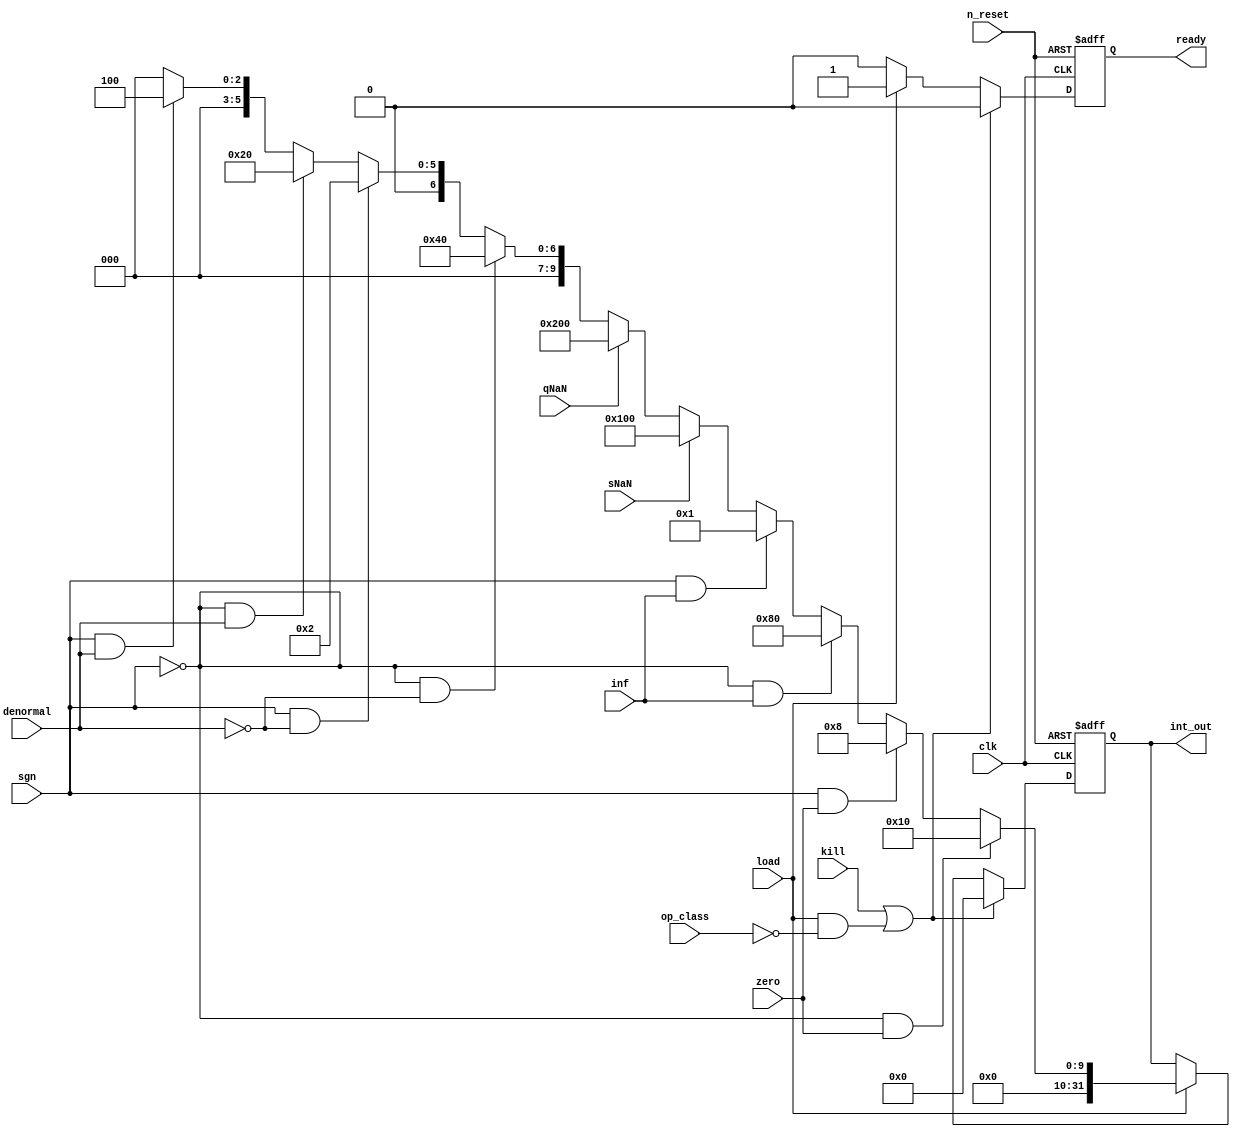
module airi5c_classifier
(
    input               clk,
    input               n_reset,
    input               kill,
    input               load,

    input               op_class,

    input               sgn,
    input               zero,
    input               inf,
    input               sNaN,
    input               qNaN,
    input               denormal,

    output  reg [31:0]  int_out,

    output  reg         ready
);

    always @(posedge clk, negedge n_reset) begin
        if (!n_reset) begin
            int_out <= 32'h00000000;
            ready   <= 1'b0;
        end
        
        else if (kill || (load && !op_class)) begin
            int_out <= 32'h00000000;
            ready   <= 1'b0;
        end

        else if (load) begin
            // 0.0
            if (!sgn && zero)
                int_out <= 32'h00000010;

            // -0.0
            else if (sgn && zero)
                int_out <= 32'h00000008;

            // +inf
            else if (!sgn && inf)
                int_out <= 32'h00000080;

            // -inf
            else if (sgn && inf)
                int_out <= 32'h00000001;

            // sNaN
            else if (sNaN)
                int_out <= 32'h00000100;

            // qNaN
            else if (qNaN)
                int_out <= 32'h00000200;

            // positive normal number
            else if (!sgn && !denormal)
                int_out <= 32'h00000040;

            // negative normal number
            else if (sgn && !denormal)
                int_out <= 32'h00000002;

            // positive denormal number
            else if (!sgn && denormal)
                int_out <= 32'h00000020;

            // negative denormal number
            else if (sgn && denormal)
                int_out <= 32'h00000004;

            else
                int_out <= 32'h00000000;

            ready   <= 1'b1;
        end

        else
            ready   <= 1'b0;
    end

endmodule